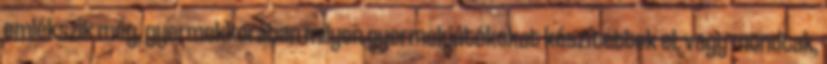
emlékszik még, gyermekkorában milyen gyermekjátékokat készítettek el, vagy mondtak,